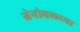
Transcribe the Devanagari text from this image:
ग्रेनोबलच्या